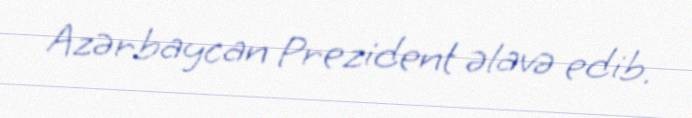
Azərbaycan Prezident əlavə edib.